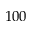
1 0 0